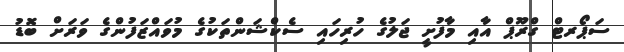
ސަޕޯރޓް ގްރޫޕް އާއި މާފުށީ ޖަލުގެ ހުރިހައި ސެކްޝަންތަކުގެ މުވައްޒަފުންގެ ވަރަށް ބޮޑު